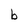
Character: b